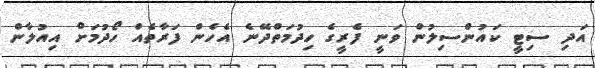
އަދި ސިޓީ ކައުންސިލުން ވަނީ ފެރީގެ ހިދުމަތްދޭނެ އެހެން ފަރާތެއް ހޯދުމަށް އިއުލާން